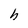
Character: h